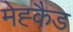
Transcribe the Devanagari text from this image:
मेह्कैड